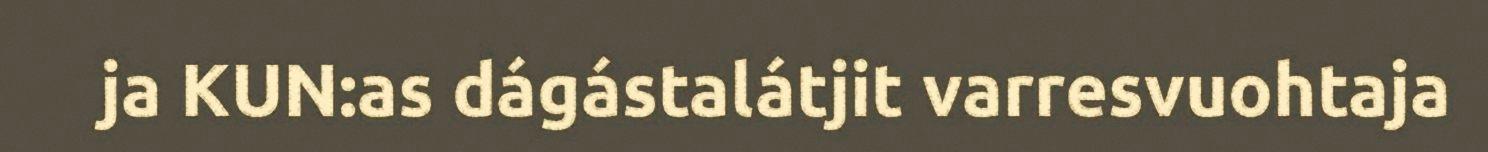
ja KUN:as dágástalátjit varresvuohtaja